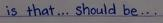
is that... should be...